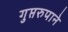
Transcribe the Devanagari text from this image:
गुप्तरुपाने